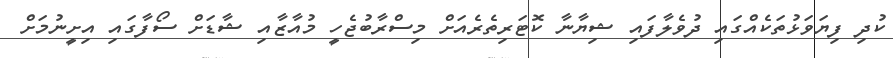
ކުދި ފިޔަވަޅުތަކެއްގައި ދުވެލާފައި ޝިޔާނާ ކޮޓަރިތެރެއަށް މިސްރާބުޖެހީ މުއާޒާއި ޝާޑަށް ސޯފާގައި އިށީނުމަށް